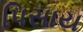
પિસાય